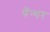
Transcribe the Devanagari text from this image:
पॅन्थर